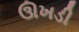
ઊખડી